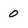
Character: 0